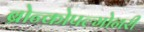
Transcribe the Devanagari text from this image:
ब्रोन्कोपल्मोनरी